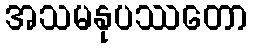
အသမနုပဿတော